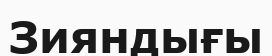
Зияндығы